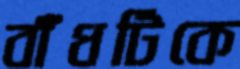
বাঁধটিকে